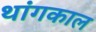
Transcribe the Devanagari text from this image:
थांगकाल